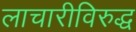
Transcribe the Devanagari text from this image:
लाचारीविरुद्ध